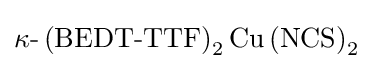
\kappa {\text{-}}\left({\text{BEDT}}{\text{-}}{\text{TTF}}\right)_{2}{\text{Cu}}\left({\text{NCS}}\right)_{2}